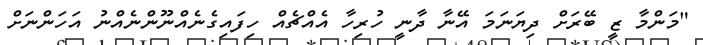
"މަންމާ ޒީ ބޭރަށް ދިޔަނަމަ އޭނާ ދާނީ ހުރިހާ އެއްޗެއް ހިފައިގެނެއްނޫންނެއްނު އަހަންނަށް